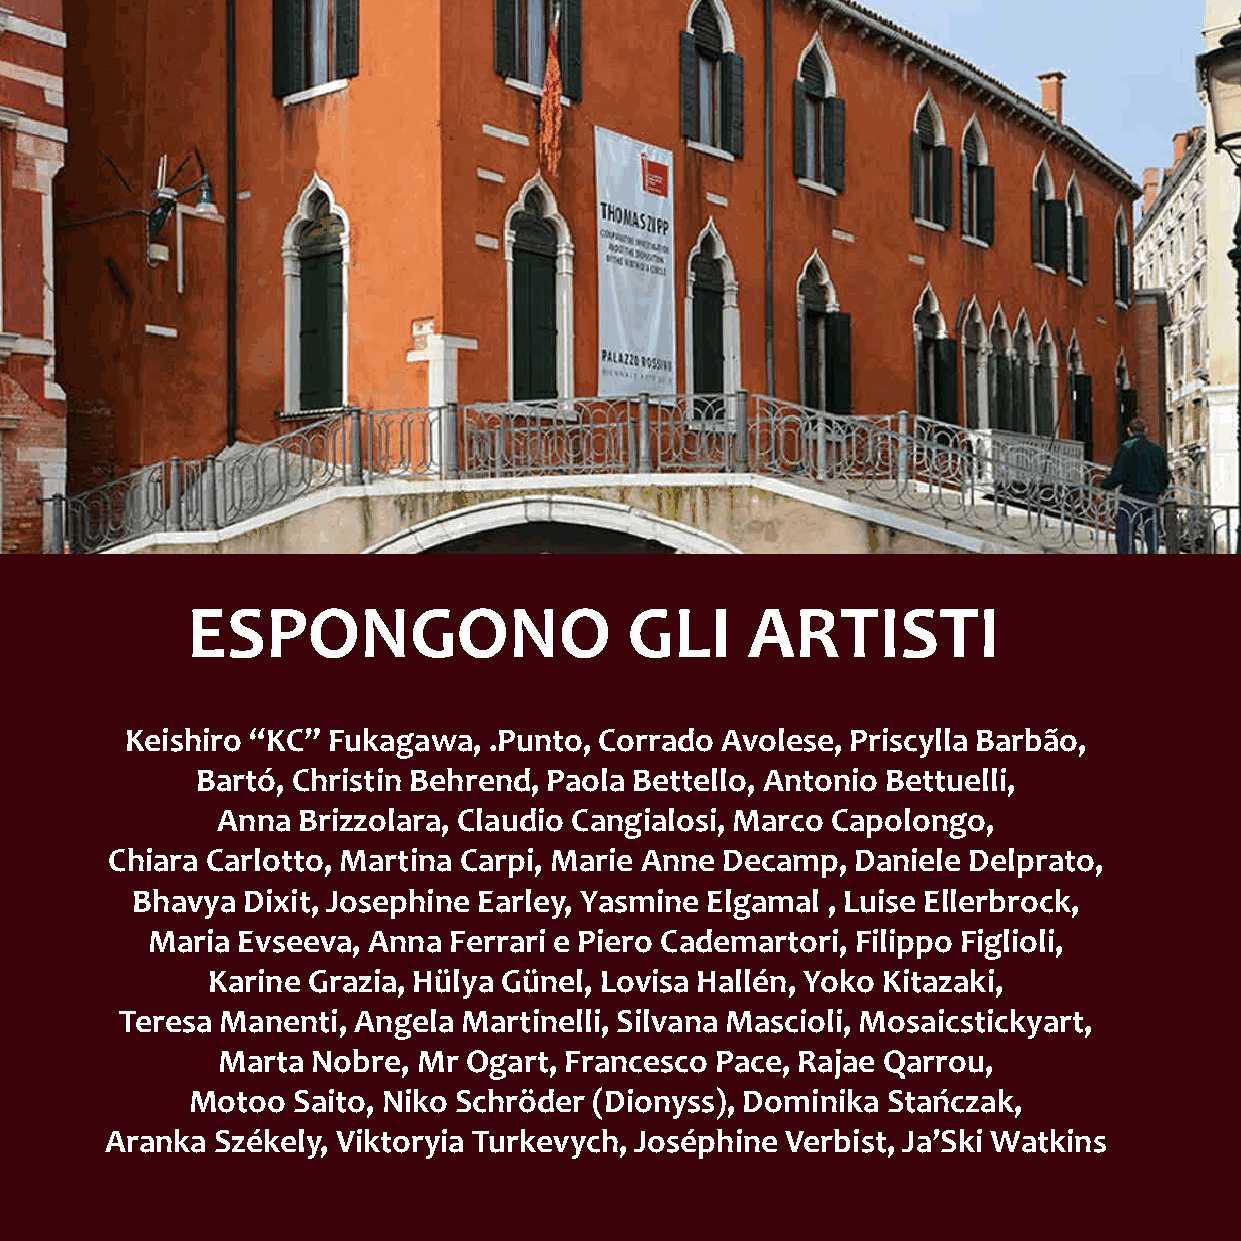
ESPONGONO                     GLI    ARTISTI
 Keishiro “KC” Fukagawa, .Punto, Corrado Avolese, Priscylla Barbão,
 Bartó, Christin Behrend, Paola Bettello, Antonio Bettuelli,
 Anna  Brizzolara, Claudio Cangialosi, Marco Capolongo,
 Chiara Carlotto, Martina Carpi, Marie Anne Decamp, Daniele Delprato,
 Bhavya Dixit, Josephine Earley, Yasmine Elgamal , Luise Ellerbrock,
 Maria Evseeva, Anna Ferrari e Piero Cademartori, Filippo Figlioli,
 Karine Grazia, Hülya Günel, Lovisa Hallén, Yoko Kitazaki,
 Teresa Manenti, Angela Martinelli, Silvana Mascioli, Mosaicstickyart,
 Marta  Nobre, Mr Ogart, Francesco Pace, Rajae Qarrou,
 Motoo Saito, Niko Schröder (Dionyss), Dominika Stańczak,
 Aranka Székely, Viktoryia Turkevych, Joséphine Verbist, Ja’Ski Watkins